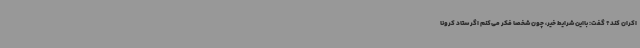
اکران کند؟ گفت: بااین شرایط خیر، چون شخصا فکر می‌کنم اگر ستاد کرونا